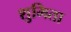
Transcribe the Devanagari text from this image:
शुमिता